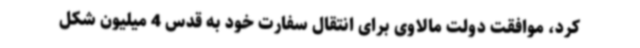
کرد، موافقت دولت مالاوی برای انتقال سفارت خود به قدس 4 میلیون شکل